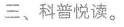
三、科普悦读。